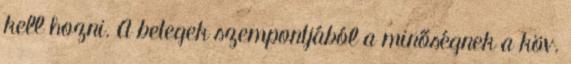
kell hozni. A betegek szempontjából a minőségnek a köv.